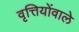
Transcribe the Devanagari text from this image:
वृत्तियोंवाले